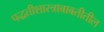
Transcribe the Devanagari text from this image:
पद्धतीशास्त्राबाबतीतील